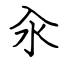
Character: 汆